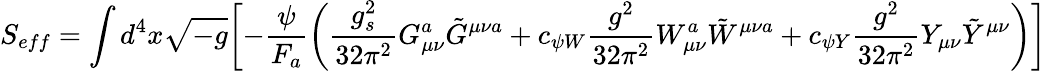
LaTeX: S_{eff}=\int d^{4}x\sqrt{-g}\biggl[-\frac{\psi}{F_{a}}\biggl(\frac{g_{s}^{2}}{32\pi^{2}}G_{\mu\nu}^{a}\tilde{G}^{\mu\nu a}+c_{\psi W}\frac{g^{2}}{32\pi^{2}}W_{\mu\nu}^{a}\tilde{W}^{\mu\nu a}+c_{\psi Y}\frac{g^{2}}{32\pi^{2}}Y_{\mu\nu}\tilde{Y}^{\mu\nu}\biggl)\biggr]